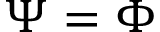
\Psi = \Phi